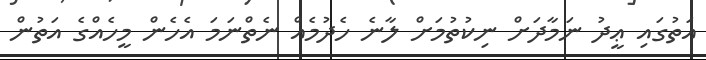
އަތުގައި ޢީދު ނަމާދަށް ނިކުތުމަށް ލާނެ ހެދުމެއް ނެތްނަމަ އެހެން މީހެއްގެ އަތުން